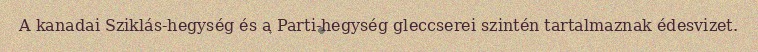
A kanadai Sziklás-hegység és a Parti-hegység gleccserei szintén tartalmaznak édesvizet.